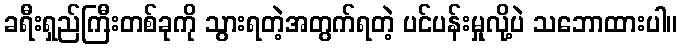
ခရီးရှည်ကြီးတစ်ခုကို သွားရတဲ့အတွက်ရတဲ့ ပင်ပန်းမှုလို့ပဲ သဘောထားပါ။